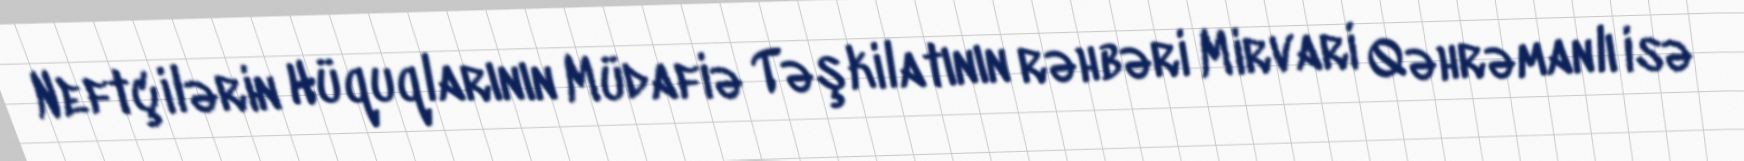
Neftçilərin Hüquqlarının Müdafiə Təşkilatının rəhbəri Mirvari Qəhrəmanlı isə